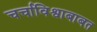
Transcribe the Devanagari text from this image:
चर्चाविश्वाबाबत